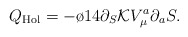
\begin{align*}Q_{{\rm Hol}}=-\o{1}{4} \partial_S {\cal K} V_\mu^a \partial_a S .\end{align*}